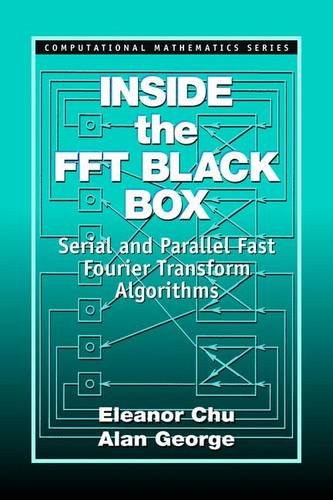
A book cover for Inside the FFT Black Box: Serial and Parallel Fast Fourier Transform Algorithms (Computational Mathematics); Eleanor Chu; Science & Math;